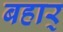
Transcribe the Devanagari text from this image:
बहार्